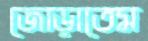
জোড়াতেম